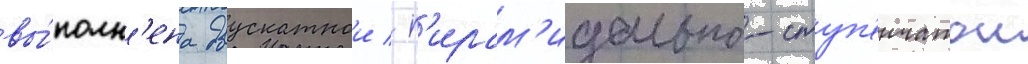
вы́полн'ена двускатнои / п'ирам'идально-ступ'енчатои